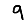
Digit: 9